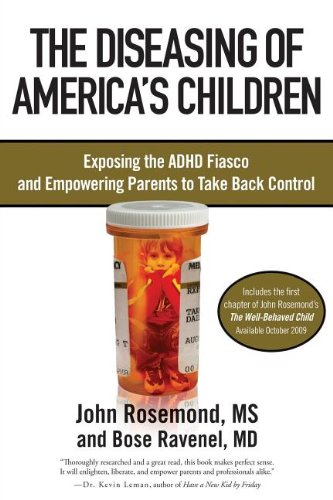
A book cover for The Diseasing of America's Children: Exposing the ADHD Fiasco and Empowering Parents to Take Back Control; Dr. John Rosemond; Health, Fitness & Dieting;